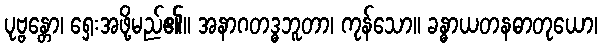
ပုဗ္ဗန္တော၊ ရှေးအဖို့မည်၏။ အနာဂတဒ္ဓဘူတာ၊ ကုန်သော။ ခန္ဓာယတနဓာတုယော၊